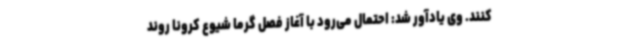
کنند. وی یادآور شد: احتمال می‌رود با آغاز فصل گرما شیوع کرونا روند